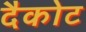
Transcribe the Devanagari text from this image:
दैकोट